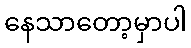
နေသာတော့မှာပါ